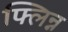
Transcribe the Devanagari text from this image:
फ्लिन्न